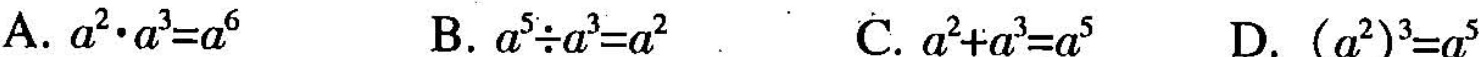
A.$$ a^{2} · a^{3} = a^{6}$$ B.$$ a^{5} \div a^{3} = a^{2}$$ C.$$ a^{2}